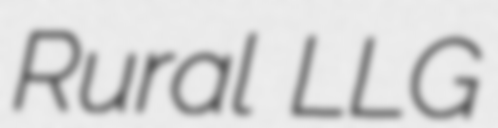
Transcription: Rural LLG